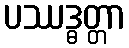
ပဿဒ္ဓတ္တာ